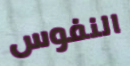
النفوس